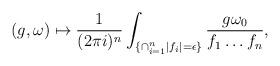
LaTeX: \begin{align*} (g, \omega) \mapsto \frac{1}{(2\pi i)^n} \int_{\{ \cap_{i=1}^n |f_i|=\epsilon \}} \frac{g \omega_0}{f_1 \dots f_n},\end{align*}